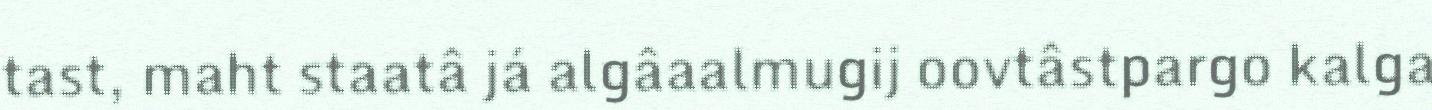
tast, maht staatâ já algâaalmugij oovtâstpargo kalga